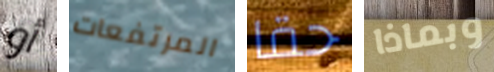
أو المرتفعات حقا وبماذا